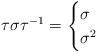
LaTeX: \begin{align*} \tau\sigma\tau^{-1} = \begin{cases} \sigma & \\ \sigma^2 & \end{cases}\end{align*}